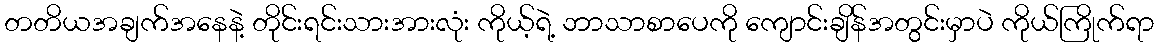
တတိယအချက်အနေနဲ့ တိုင်းရင်းသားအားလုံး ကိုယ့်ရဲ့ ဘာသာစာပေကို ကျောင်းချိန်အတွင်းမှာပဲ ကိုယ်ကြိုက်ရာ